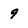
Character: 9